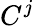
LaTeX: C^{j}